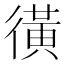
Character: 㣴